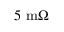
5 \ \mathrm { m } \Omega